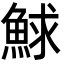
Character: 鯄